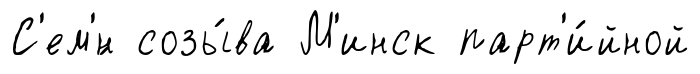
С'ем'́н созы́ва М'инск парт'и́йной